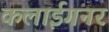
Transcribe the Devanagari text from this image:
कलाईगनर